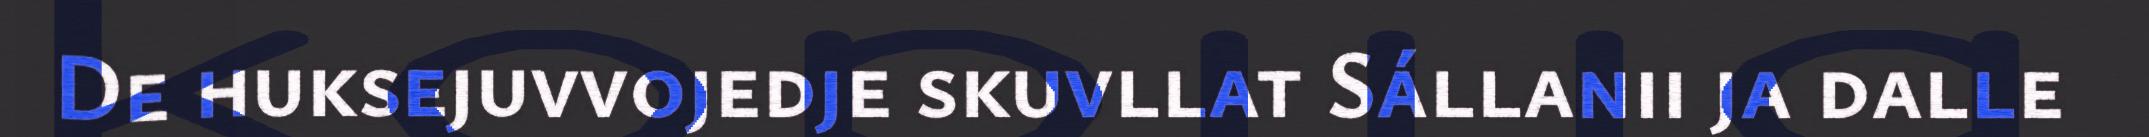
De huksejuvvojedje skuvllat Sállanii ja dalle